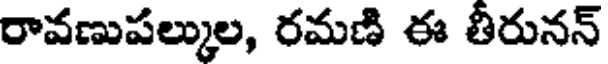
రావణుపల్కుల, రమణి ఈ తీరునన్